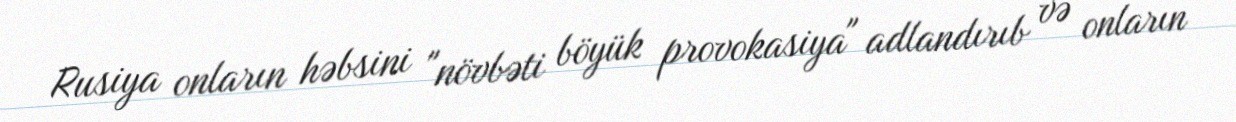
Rusiya onların həbsini "növbəti böyük provokasiya" adlandırıb və onların